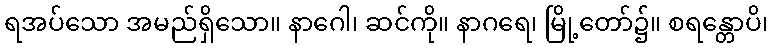
ရအပ်သော အမည်ရှိသော။ နာဂေါ၊ ဆင်ကို။ နာဂရေ၊ မြို့တော်၌။ စရန္တောပိ၊